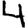
Digit: 4